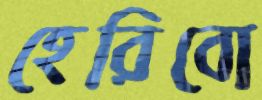
হেরিবো